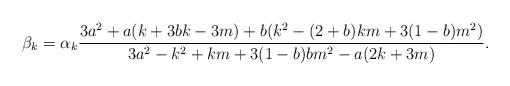
LaTeX: \begin{align*} \beta_k = \alpha_k \frac{ 3 a^2 + a (k + 3 b k - 3 m) +b (k^2 - (2 + b) k m + 3 (1 - b) m^2)}{ 3 a^2 - k^2 + k m + 3 (1 - b) b m^2 - a (2 k + 3 m)}.\end{align*}